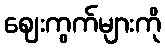
ဈေးကွက်များကို